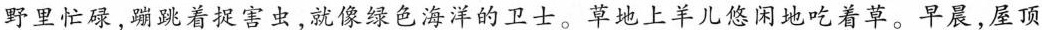
野里忙碌，蹦跳着捉害虫，就像绿色海洋的卫士。草地上羊儿悠闲地吃着草。早晨，屋顶